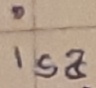
Text: isa